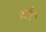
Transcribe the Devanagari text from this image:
औटे